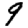
Digit: 9